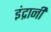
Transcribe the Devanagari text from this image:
इंद्रानी